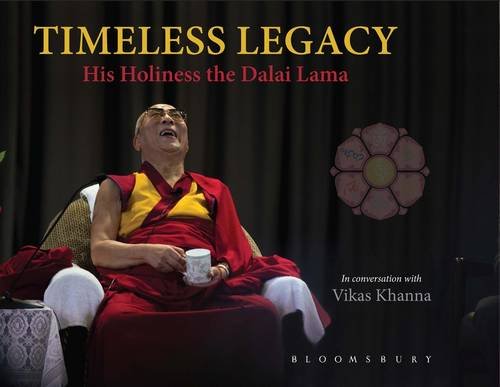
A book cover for Timeless Legacy: His Holiness the Dalai Lama; Vikas Khanna; Religion & Spirituality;